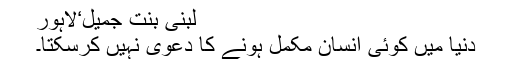
لبنیٰ بنت جمیل‘لاہور
دنیا میں کوئی انسان مکمل ہونے کا دعویٰ نہیں کرسکتا۔